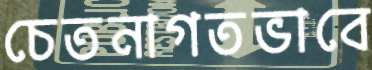
চেতনাগতভাবে